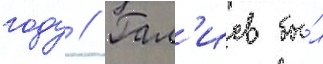
году // Гал'иев бы́л